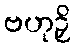
ဗဟုဉှိ